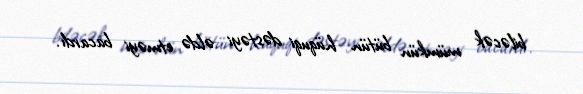
biləcək mümkün bütün hüquqi dəstəyi əldə etməyi bacardı.